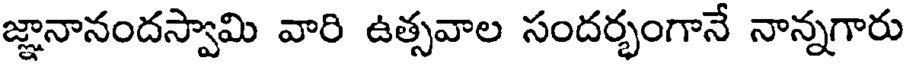
జ్ఞానానందస్వామి వారి ఉత్సవాల సందర్భంగానే నాన్నగారు